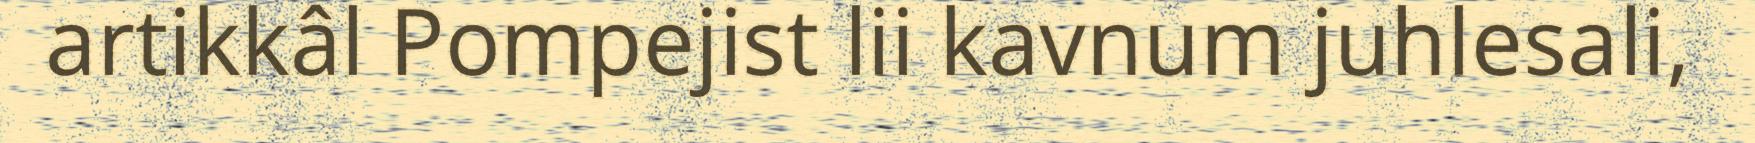
artikkâl Pompejist lii kavnum juhlesali,